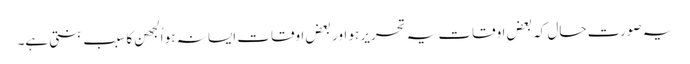
یہ صورت حال کہ بعض اوقات یہ تحریر ہو اور بعض اوقات ایسا نہ ہو اُلجھن کا سبب بنتی ہے۔